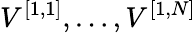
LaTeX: V^{[{1},{1}]},\ldots,V^{[{1},{N}]}